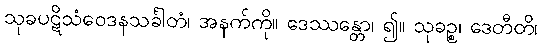
သုခပဋိသံဝေဒနသင်္ခါတံ၊ အနက်ကို။ ဒေဿန္တော၊ ၍။ သုခဉ္စ၊ ဒေတီတိ၊